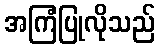
အကြံပြုလိုသည်